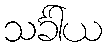
သင်္ခါယ